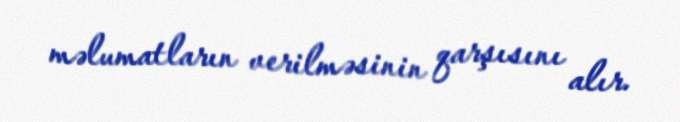
məlumatların verilməsinin qarşısını alır.